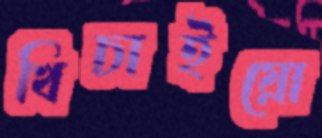
খিচাইয়ো